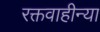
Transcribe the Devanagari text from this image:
रक्तवाहीन्या